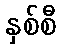
နှစ်စီ